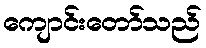
ကျောင်းတော်သည်